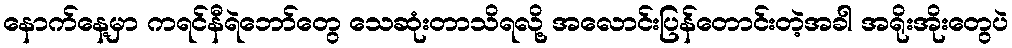
နောက်နေ့မှာ ကရင်နီရဲဘော်တွေ သေဆုံးတာသိရလို့ အလောင်းပြန်တောင်းတဲ့အခါ အရိုးအိုးတွေပဲ